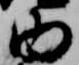
内